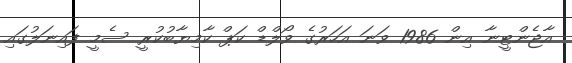
އާޖެންޓީނާ އިން 1986 ވަނަ އަހަރުގެ ވޯލްޑް ކަޕް ކާމިޔާބުކުރީ ސެމީ ފައިނަލުގައި